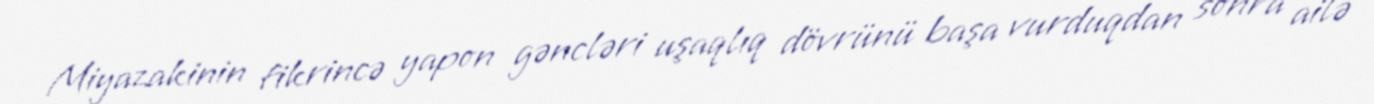
Miyazakinin fikrincə yapon gəncləri uşaqlıq dövrünü başa vurduqdan sonra ailə